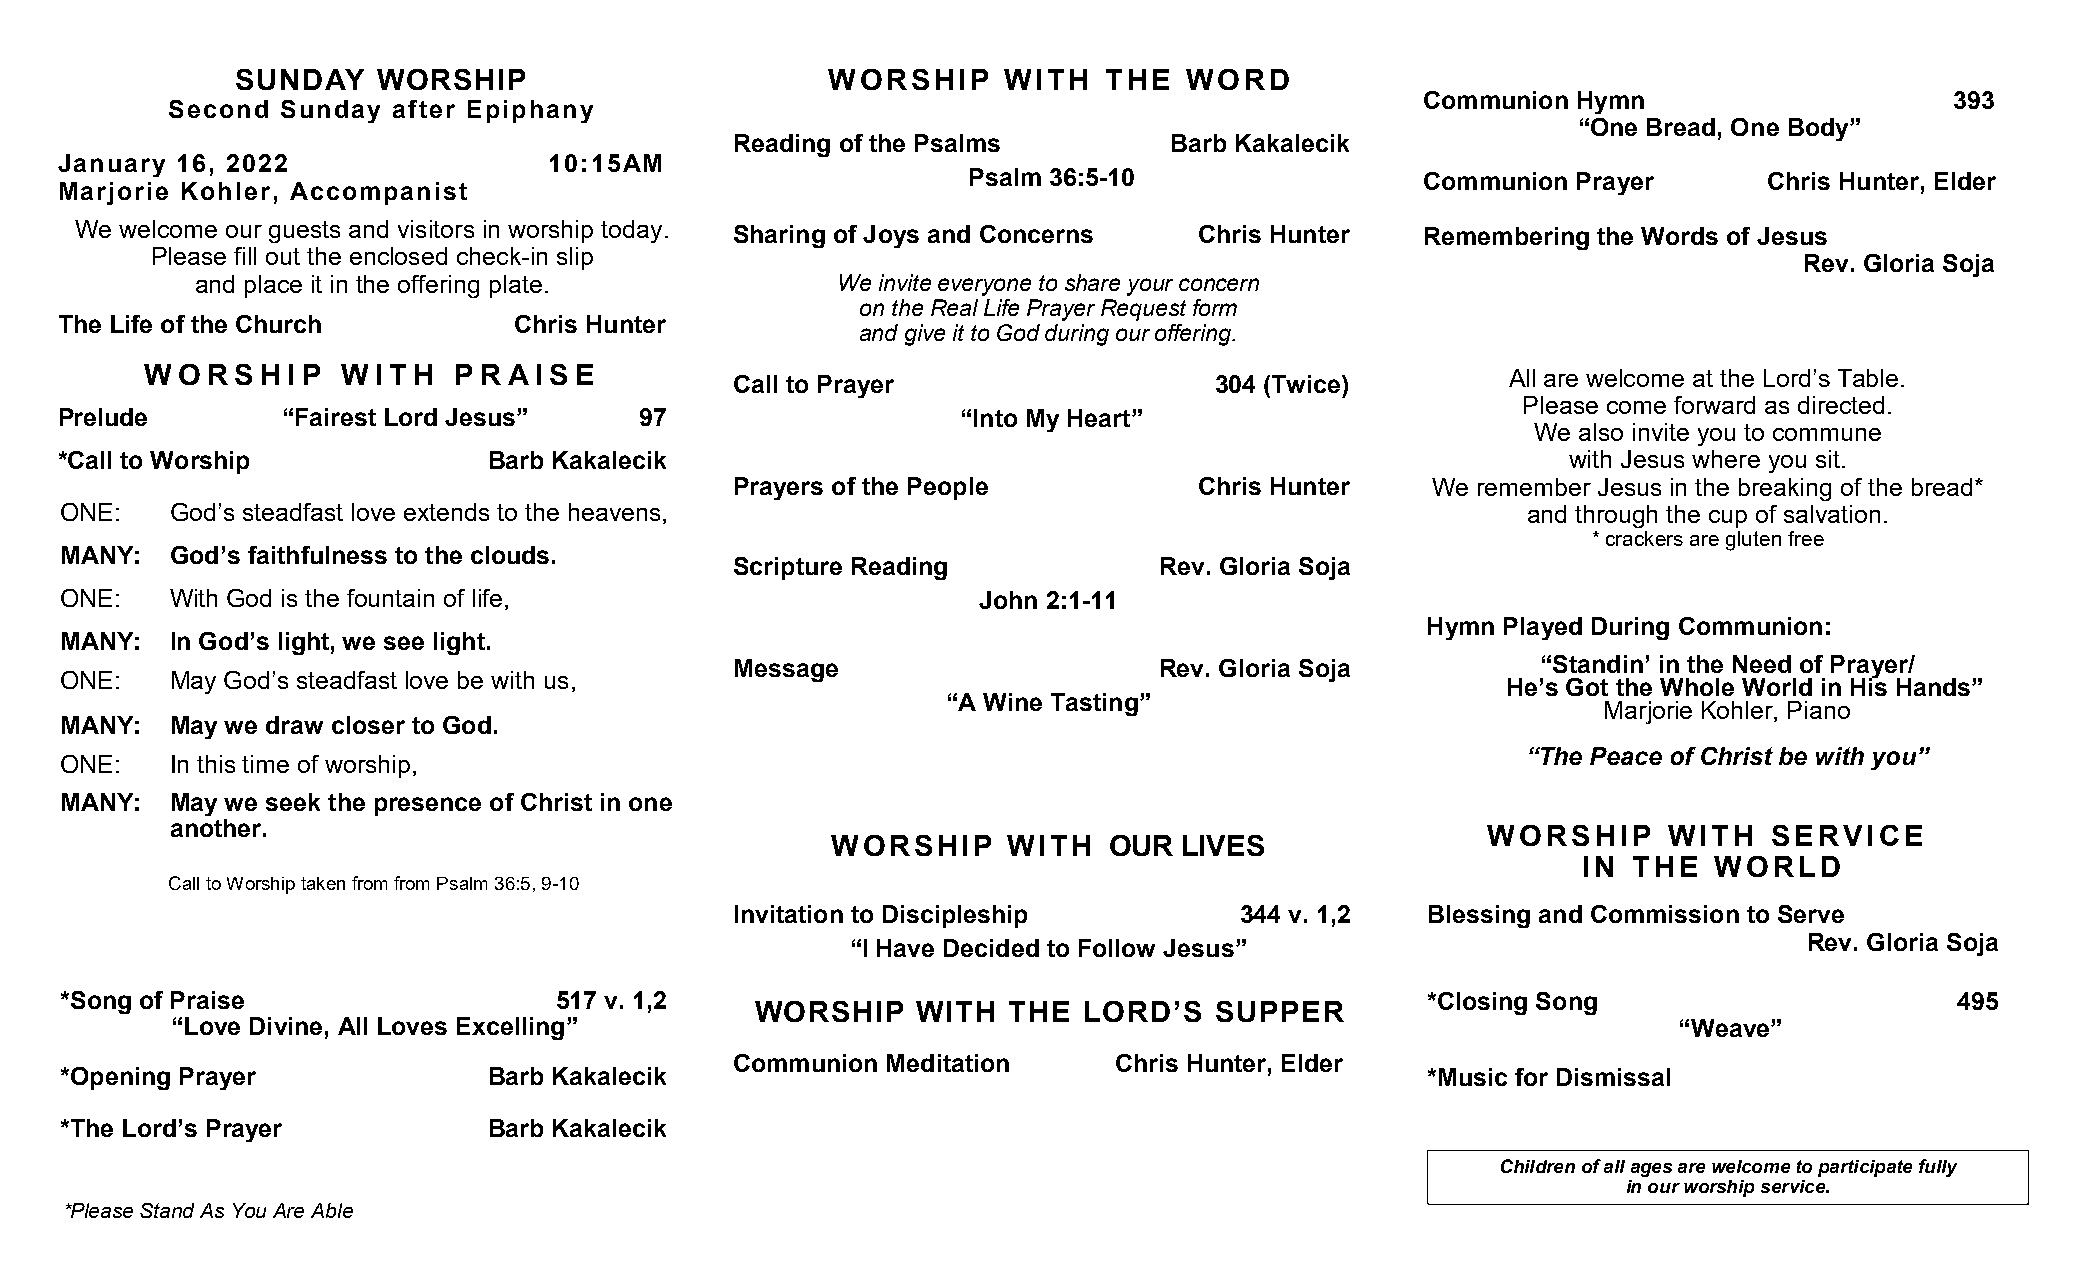
SUNDAY   WORSHIP                       WORSHIP    WITH   THE   WORD
 Communion Hymn                     393
 Second  Sunday after Epiphany
 “One Bread, One Body”
 Reading of the Psalms       Barb Kakalecik
 January 16, 2022                10:15AM
 Psalm 36:5-10                 Communion Prayer       Chris Hunter, Elder
 Marjorie Kohler, Accompanist
 We welcome our guests and visitors in worship today. Sharing of Joys and Concerns Chris Hunter Remembering the Words of Jesus
 Please fill out the enclosed check-in slip
 Rev. Gloria Soja
 and place it in the offering plate.       We invite everyone to share your concern
 on the Real Life Prayer Request form
 The Life of the Church        Chris Hunter
 and give it to God during our offering.
 WORSHI    P  WITH   PR  AI SE                                                             All are welcome at the Lord’s Table.
 Call to Prayer                 304 (Twice)
 Please come forward as directed.
 Prelude        “Fairest Lord Jesus”   97                    “Into My Heart”
 We also invite you to commune
 *Call to Worship            Barb Kakalecik                                                          with Jesus where you sit.
 Prayers of the People         Chris Hunter    We remember Jesus in the breaking of the bread*
 ONE:   God’s steadfast love extends to the heavens,                                              and through the cup of salvation.
 * crackers are gluten free
 MANY:  God’s faithfulness to the clouds.
 Scripture Reading           Rev. Gloria Soja
 ONE:   With God is the fountain of life,                     John 2:1-11
 Hymn Played During Communion:
 MANY:  In God’s light, we see light.
 Message                     Rev. Gloria Soja         “Standin’ in the Need of Prayer/
 ONE:   May God’s steadfast love be with us,
 He’s Got the Whole World in His Hands”
 “A Wine Tasting”
 Marjorie Kohler, Piano
 MANY:  May we draw closer to God.
 “The Peace of Christ be with you”
 ONE:   In this time of worship,
 MANY:  May we seek the presence of Christ in one
 another.                                                                               WORSHIP     WITH   SERVICE
 WORSHIP     WITH  OUR  LIVES
 IN THE   WORLD
 Call to Worship taken from from Psalm 36:5, 9-10
 Invitation to Discipleship       344 v. 1,2  Blessing and Commission to Serve
 Rev. Gloria Soja
 “I Have Decided to Follow Jesus”
 *Song of Praise                  517 v. 1,2                                               *Closing Song                       495
 WORSHIP    WITH  THE  LORD’S  SUPPER
 “Love Divine, All Loves Excelling”                                                                  “Weave”
 Communion Meditation     Chris Hunter, Elder
 *Opening Prayer             Barb Kakalecik                                                *Music for Dismissal
 *The Lord’s Prayer          Barb Kakalecik
 Children of all ages are welcome to participate fully
 in our worship service.
 *Please Stand As You Are Able